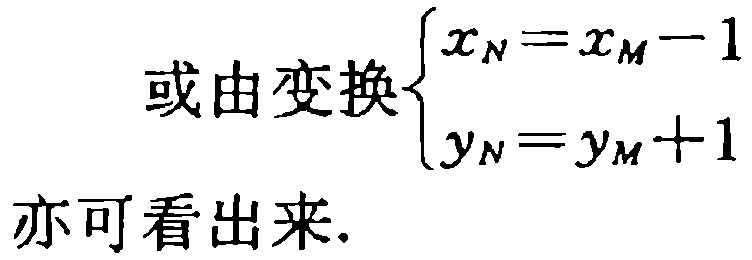
或由变换$\begin{cases}

x_N = x_M - 1\\

y_N = y_M + 1

\end{cases}$亦可看出来.